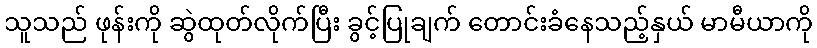
သူသည် ဖုန်းကို ဆွဲထုတ်လိုက်ပြီး ခွင့်ပြုချက် တောင်းခံနေသည့်နှယ် မာမီယာကို